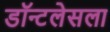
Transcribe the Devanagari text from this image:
डॉन्टलेसला